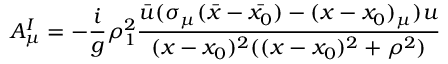
A _ { \mu } ^ { I } = - { \frac { i } { g } } \rho _ { 1 } ^ { 2 } { \frac { \bar { u } ( \sigma _ { \mu } ( \bar { x } - \bar { x _ { 0 } } ) - ( x - x _ { 0 } ) _ { \mu } ) u } { ( x - x _ { 0 } ) ^ { 2 } ( ( x - x _ { 0 } ) ^ { 2 } + \rho ^ { 2 } ) } }